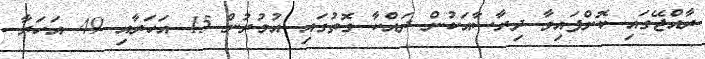
ރާއްޖޭގައި ކޮށްފައިވާ ދިރާސާއަކުން ދައްކާ ގޮތުގައި އުމުރުން 15 އަހަރާއި 49 އަހަރާ